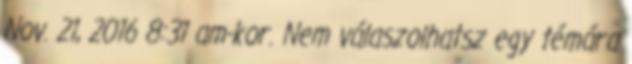
Nov. 21, 2016 8:31 am-kor. Nem válaszolhatsz egy témára